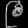
Digit: ၉